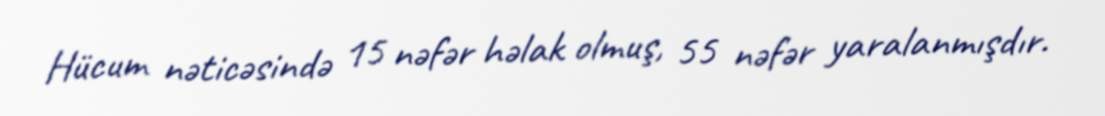
Hücum nəticəsində 15 nəfər həlak olmuş, 55 nəfər yaralanmışdır.